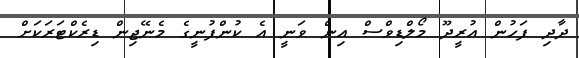
ދާދި ފަހުން އުރީދޫ މޯލްޑިވްސް އިން ވަނީ އެ ކުންފުނީގެ މެނޭޖިން ޑިރެކްޓަރަކަށް